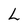
Character: L